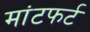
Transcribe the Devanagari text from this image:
मांटफर्ट